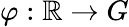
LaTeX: \varphi:\mathbb{R}\rightarrow G